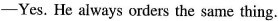
—Yes. He always orders the same thing.